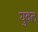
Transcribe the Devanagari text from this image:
युवल